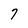
Character: 7